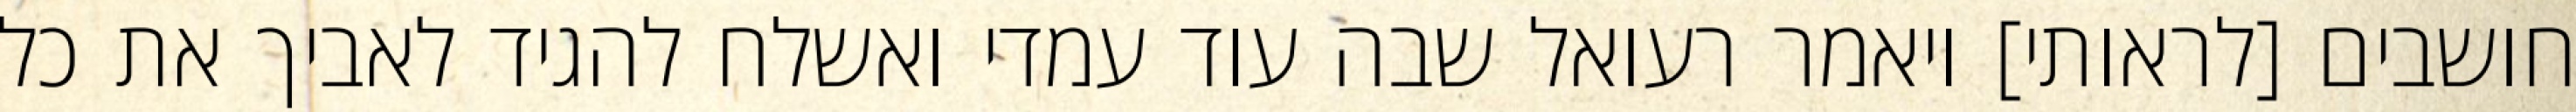
חושבים [לראותי] ויאמר רעואל שבה עוד עמדי ואשלח להגיד לאביך את כל